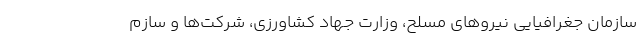
سازمان جغرافیایی نیروهای مسلح، وزارت جهاد کشاورزی، شرکت‌ها و سازم